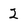
Character: 2